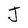
Character: J